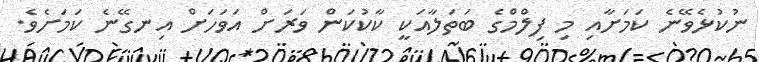
ނުކުޅެވޭނެ ކަމަށާއި މި ފިލްމްގެ ބަތަލާއަކީ ކާކުކަން ވަރަށް އަވަހަށް އިނގޭނެ ކަމަށެވެ.